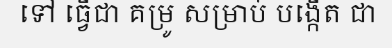
ទៅ ធ្វើជា គម្រូ សម្រាប់ បង្កើត ជា